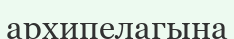
архипелагына